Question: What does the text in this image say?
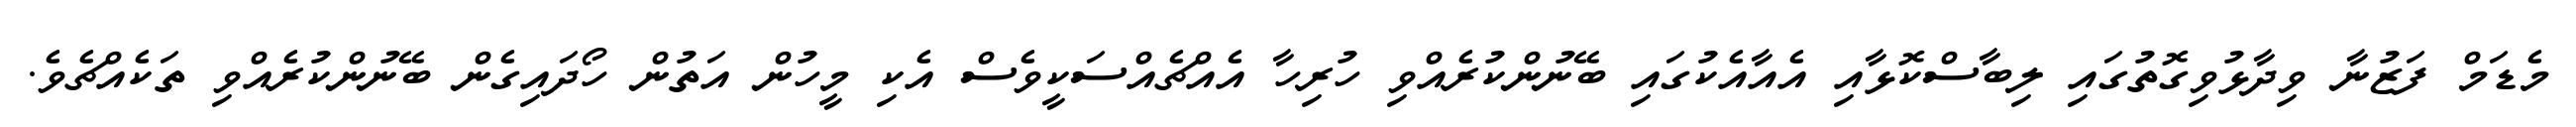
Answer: މެޑަމް ފަޒުނާ ވިދާޅުވިގޮތުގައި ލިބާސްކޮޅާއި އެއާއެކުގައި ބޭނުންކުރެއްވި ހުރިހާ އެއްޗެއްސަކީވެސް އެކި މީހުން އަތުން ހޯދައިގެން ބޭނުންކުރެއްވި ތަކެއްޗެވެ.